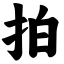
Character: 拍